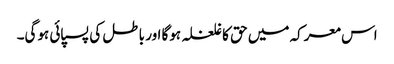
اس معرکہ میں حق کا غلغلہ ہوگا اور باطل کی پسپائی ہوگی۔